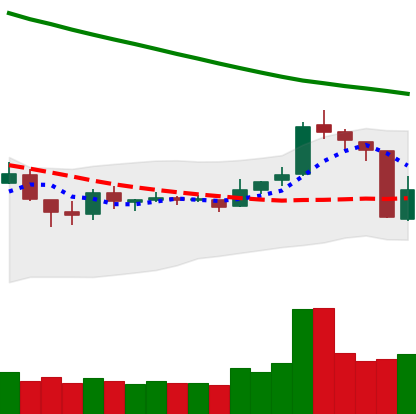
Ticker: TRX-USD
Chart end date: 2018-10-12
Forward return: 6.579%
Label: up_5_7